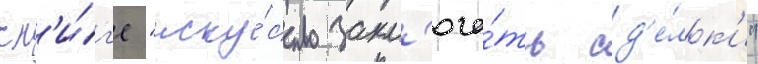
кн'и́г'е "иску́сство закл'юча́ть сд'е́лк'и"